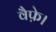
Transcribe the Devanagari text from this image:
वैफ़े।